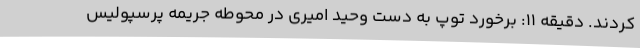
کردند. دقیقه 11: برخورد توپ به دست وحید امیری در محوطه جریمه پرسپولیس